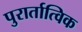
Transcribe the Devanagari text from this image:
पुरार्तात्विक